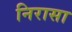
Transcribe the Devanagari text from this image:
निरासा